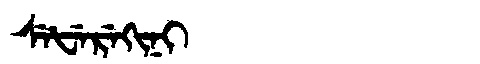
Manchu: ᠰᡝᡶᡝᡵᡝᡴᡳᠨᡳ
Romanization: SEFEREKINI